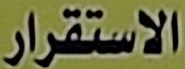
الاستقرار